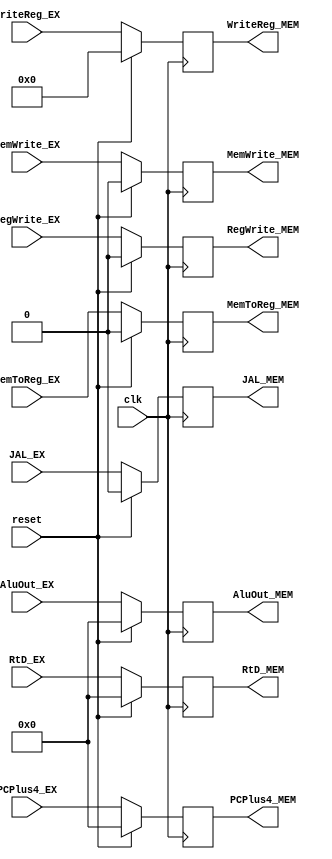
module EXE_MEM(clk, reset,
               RegWrite_EX, MemToReg_EX, MemWrite_EX, AluOut_EX, WriteReg_EX, RtD_EX, PCPlus4_EX, JAL_EX,
               RegWrite_MEM, MemToReg_MEM, MemWrite_MEM, AluOut_MEM, WriteReg_MEM, RtD_MEM, PCPlus4_MEM, JAL_MEM);
    input clk, reset, RegWrite_EX, MemToReg_EX, MemWrite_EX, JAL_EX;
    input [31:0] AluOut_EX, RtD_EX, PCPlus4_EX;
    input [4:0]  WriteReg_EX;

    output RegWrite_MEM, MemToReg_MEM, MemWrite_MEM, JAL_MEM;
    output [31:0] AluOut_MEM, RtD_MEM, PCPlus4_MEM;
    output [4:0] WriteReg_MEM;

    reg RegWrite_MEM, MemToReg_MEM, MemWrite_MEM, JAL_MEM;
    reg [31:0] AluOut_MEM, RtD_MEM, PCPlus4_MEM;
    reg [4:0] WriteReg_MEM;

    always @(posedge clk) begin
        if (reset) begin
            RegWrite_MEM <= 1'b0; 
            MemToReg_MEM <= 1'b0;
            MemWrite_MEM <= 1'b0;
            AluOut_MEM <= 32'b0;
            RtD_MEM <= 32'b0;
            WriteReg_MEM <= 5'b0;
            JAL_MEM <= 1'b0;
            PCPlus4_MEM <= 1'b0;
        end
        else begin
            RegWrite_MEM <= RegWrite_EX; 
            MemToReg_MEM <= MemToReg_EX;
            MemWrite_MEM <= MemWrite_EX;
            AluOut_MEM <= AluOut_EX;
            RtD_MEM <= RtD_EX;
            WriteReg_MEM <= WriteReg_EX;
            JAL_MEM <= JAL_EX;
            PCPlus4_MEM <= PCPlus4_EX;
        end
    end

endmodule